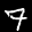
Label: 7